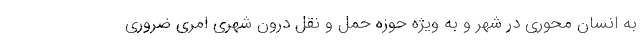
به انسان محوری در شهر و به ویژه حوزه حمل و نقل درون شهری امری ضروری